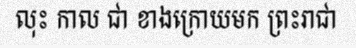
លុះ កាល ជា ខាងក្រោយមក ព្រះរាជា